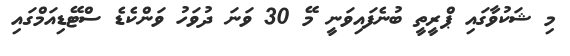
މި ޝަކުވާގައި ޕްރީތީ ބުނެފައިވަނީ މޭ 30 ވަނަ ދުވަހު ވަންކެޑެ ސްޓޭޑިއަމްގައި